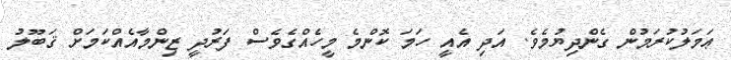
ޢަމަލުކުރަމުން ގެންދިޔުމެވެ. އަދި އެއީ ހަމަ ކޮންމެ މީހެއްގެވެސް ފަރުދީ ޒިންމާއެއްކަމަށް ޤަބޫލު